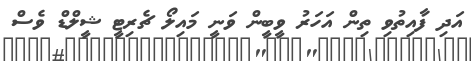
އަދި ފާއިތުވި ތިން އަހަރު ވީބީން ވަނީ މައިލޯ ޗެރިޓީ ޝީލްޑް ވެސް